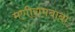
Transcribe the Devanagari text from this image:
मणीरामबाबा